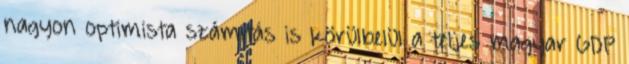
nagyon optimista számítás is körülbelül a teljes magyar GDP